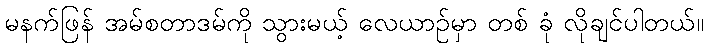
မနက်ဖြန် အမ်စတာဒမ်ကို သွားမယ့် လေယာဉ်မှာ တစ် ခုံ လိုချင်ပါတယ်။